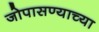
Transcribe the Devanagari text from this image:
जोपासण्याच्या